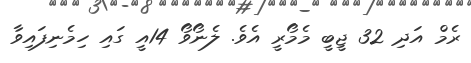
ރެމް އަދި 32 ޖީބީ މެމޯރީ އެވެ. ލެނޯވޯ 14އީ ގައި ހިމެނިފައިވާ